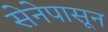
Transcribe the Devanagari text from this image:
सेनेपासून